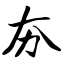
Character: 夯